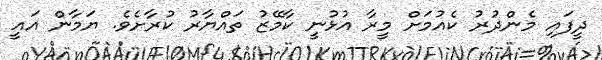
ދީފައި މެންދުރު ކެއުމަށް މީރާ އުޅުނީ ކާމޭޒު ތައްޔާރު ކުރާށެވެ. ޔަމާން އައީ